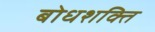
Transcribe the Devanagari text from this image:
बोधशक्ति